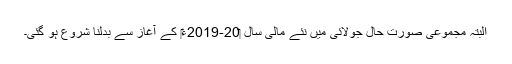
البتہ مجموعی صورت حال جولائی میں نئے مالی سال ‏2019-20ء‎ کے آغاز سے بدلنا شروع ہو گئی۔